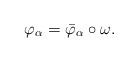
LaTeX: \begin{align*} \varphi_\alpha=\bar{\varphi}_\alpha\circ\omega.\end{align*}